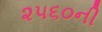
૨૫૬૦ની